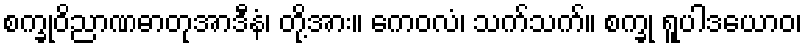
စက္ခုဝိညာဏဓာတုအာဒီနံ၊ တို့အား။ ကေဝလံ၊ သက်သက်။ စက္ခု ရူပါဒယောဝ၊